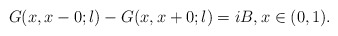
\begin{align*} G(x,x-0;\l) - G(x,x+0;\l) = i B, x \in (0,1).\end{align*}